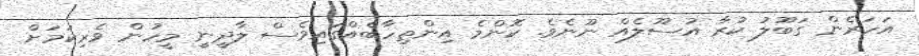
އަހަރެން ގަބޫލު ކުރާ އުސޫލެއް ނޫނެވެ. ކޮންމެ އިންތިހާބެއްގައިވެސް ލާދީނީ މީހުން ވެރިކަމަށް